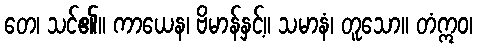
တေ၊ သင်၏။ ကာယေန၊ ဗိမာန်နှင့်။ သမာနံ၊ တူသော။ တံဣဝ၊